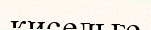
кисельге